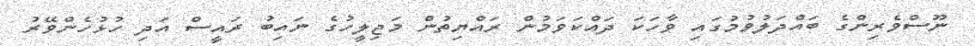
ނޫސްވެރިންގެ ބައްދަލުވުމުގައި ވާހަކަ ދައްކަވަމުން ރައްޔިތުން މަޖިލީހުގެ ނައިބު ރައީސް އަދި ހުޅުހެންވޭރު